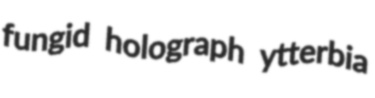
fungid holograph ytterbia